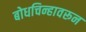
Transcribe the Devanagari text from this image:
बोधचिन्हावरून